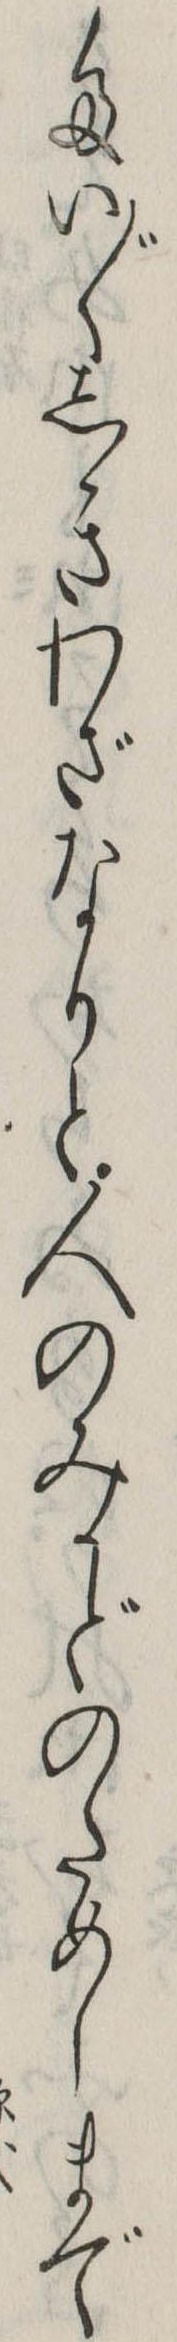
たい〲しきわざなりと人のみかどのためしまで